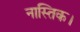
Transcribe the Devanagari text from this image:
नास्तिक।